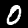
Digit: 0